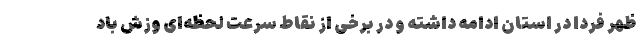
ظهر فردا در استان ادامه داشته و در برخی از نقاط سرعت لحظه‌ای وزش باد